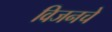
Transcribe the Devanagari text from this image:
विजनचे